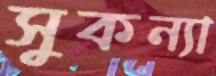
সুকন্যা